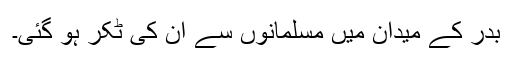
بدر کے میدان میں مسلمانوں سے ان کی ٹکر ہو گئی۔